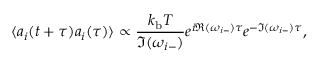
\langle a _ { i } ( t + \tau ) a _ { i } ( \tau ) \rangle \propto \frac { k _ { \mathrm { b } } T } { \Im ( \omega _ { i - } ) } e ^ { i \Re ( \omega _ { i - } ) \tau } e ^ { - \Im ( \omega _ { i - } ) \tau } ,